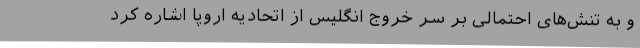
و به تنش‌های احتمالی بر سر خروج انگلیس از اتحادیه اروپا اشاره کرد